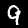
Label: 9